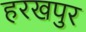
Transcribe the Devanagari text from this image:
हरखपुर